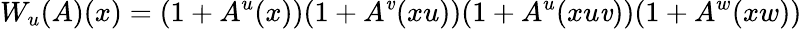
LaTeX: W_{u}(A)(x)=(1+A^{u}(x))(1+A^{\mathit{v}}(xu))(1+A^{u}(xu\mathit{v}))(1+A^{w}(xw))